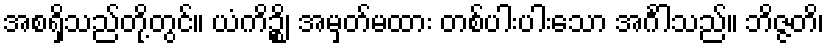
အစရှိသည်တို့တွင်။ ယံကိဉ္စိ၊ အမှတ်မထား တစ်ပါးပါးသော အင်္ဂါသည်။ ဘိဇ္ဇတိ၊